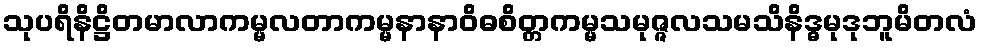
သုပရိနိဋ္ဌိတမာလာကမ္မလတာကမ္မနာနာဝိဓစိတ္တကမ္မသမုဇ္ဇလသမသိနိဒ္ဓမုဒုဘူမိတလံ